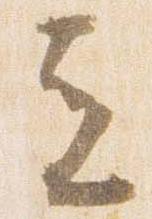
立